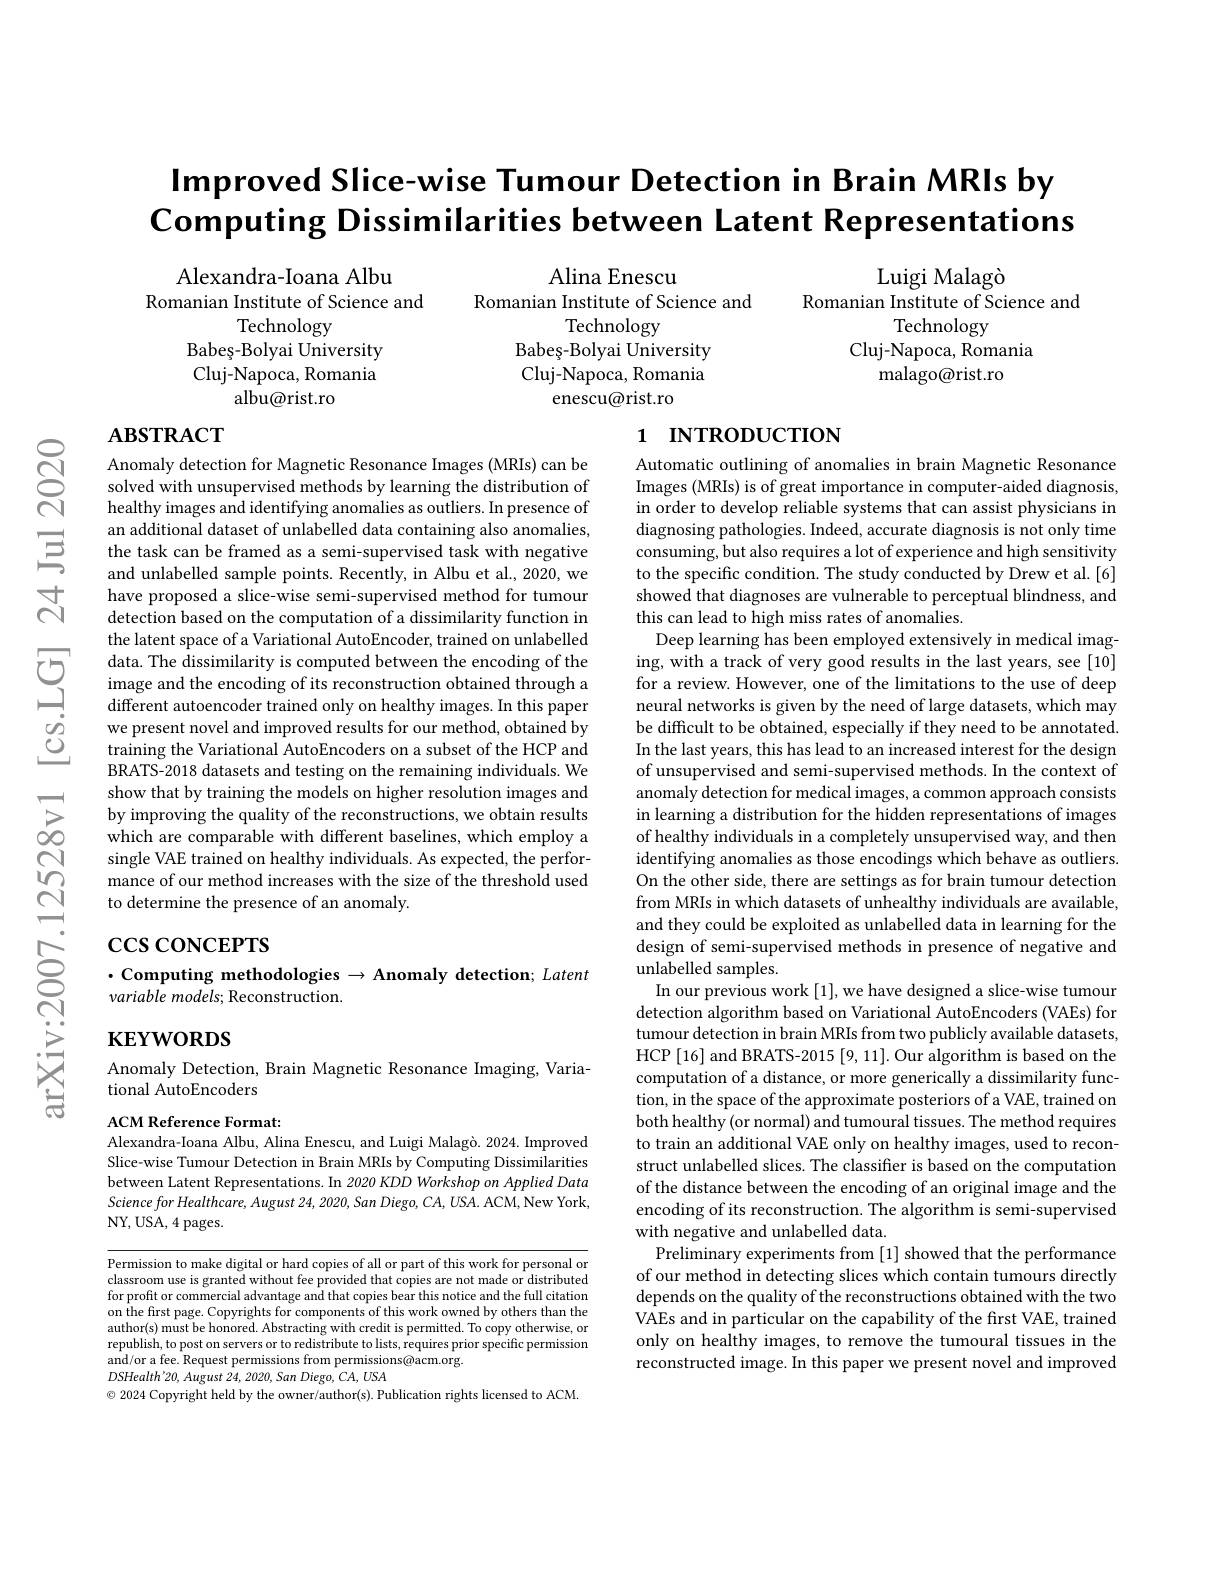
# $\textbf{Improved Slice- wise Tumour Detection in Brain MRIs by}$ Computing Dissimilarities between Latent Representations

Luigi Malag$\` {o}$
Romanian Institute of Science and
Technology
Cluj-Napoca, Romania
malago@rist.ro

Alexandra-Ioana Albu
Alina Enescu
Romanian Institute of Science and
Romanian Institute of Science and
Technology
Babeș - Bolyai University
Babeș - Bolyai University
Cluj- Napoca, Romania
enescu@rist.ro

Technology
Cluj-Napoca, Romania
albu@rist.ro

## $\mathbf{ABSTRACT}$

# 1 INTRODUCTION

Anomaly detection for Magnetic Resonance Images (MRIs) can be solved with unsupervised methods by learning the distribution of healthy images and identifying anomalies as outliers. In presence of an additional dataset of unlabelled data containing also anomalies, the task can be framed as a semi-supervised task with negative and unlabelled sample points. Recently, in Albu et al., 2020, we have proposed a slice-wise semi-supervised method for tumour detection based on the computation of a dissimilarity function in the latent space of a Variational AutoEncoder, trained on unlabelled
$\sum_{\begin{array}{cc}\text{G}&\text{data.The dissimilarity is computed between the encoding of the}\\\text{image and the encoding of its reconstruction obtained through a}\\\text{different autoencoder trained only on healthy images. In this paper}\end{array}}$
different autoencoder trained only on healthy images. In this paper we present novel and improved results for our method, obtained by training the Variational AutoEncoders on a subset of the HCP and BRATS-2018 datasets and testing on the remaining individuals. We show that by training the models on higher resolution images and by improving the quality of the reconstructions, we obtain results which are comparable with different baselines, which employ a single VAE trained on healthy individuals. As expected, the performance of our method increases with the size of the threshold used to determine the presence of an anomaly.

Automatic outlining of anomalies in brain Magnetic Resonance Images (MRIs) is of great importance in computer-aided diagnosis, in order to develop reliable systems that can assist physicians in diagnosing pathologies. Indeed, accurate diagnosis is not only time consuming, but also requires a lot of experience and high sensitivity to the specific condition. The study conducted by Drew et al. [6] showed that diagnoses are vulnerable to perceptual blindness, and this can lead to high miss rates of anomalies.
Deep learning has been employed extensively in medical imaging, with a track of very good results in the last years, see [10] for a review. However, one of the limitations to the use of deep neural networks is given by the need of large datasets, which may be difficult to be obtained, especially if they need to be annotated. In the last years, this has lead to an increased interest for the design of unsupervised and semi-supervised methods. In the context of anomaly detection for medical images, a common approach consists in learning a distribution for the hidden representations of images of healthy individuals in a completely unsupervised way, and then identifying anomalies as those encodings which behave as outliers. On the other side, there are settings as for brain tumour detection from MRIs in which datasets of unhealthy individuals are available, and they could be exploited as unlabelled data in learning for the design of semi-supervised methods in presence of negative and unlabelled samples.
In our previous work [1], we have designed a slice-wise tumour detection algorithm based on Variational AutoEncoders (VAEs) for tumour detection in brain MRIs from two publicly available datasets, HCP [16] and BRATS-2015 [9, 11]. Our algorithm is based on the computation of a distance, or more generically a dissimilarity function, in the space of the approximate posteriors of a VAE, trained on both healthy (or normal) and tumoural tissues. The method requires to train an additional VAE only on healthy images, used to reconstruct unlabelled slices. The classifier is based on the computation of the distance between the encoding of an original image and the encoding of its reconstruction. The algorithm is semi-supervised with negative and unlabelled data.
Preliminary experiments from [1] showed that the performance of our method in detecting slices which contain tumours directly depends on the quality of the reconstructions obtained with the two VAEs and in particular on the capability of the first VAE, trained only on healthy images, to remove the tumoural tissues in the reconstructed image. In this paper we present novel and improved

$\csc\cos$coNCEPTS
$\cdot$ Computing methodologies $\to$ Anomaly detection; Latent
variable models; Reconstruction.

# $\mathbf{KEYWORDS}$

Anomaly Detection, Brain Magnetic Resonance Imaging, Varia-
tional AutoEncoders

ACM Reference Format:
Alexandra-Ioana Albu, Alina Enescu, and Luigi Malagò. 2024. Improved Slice-wise Tumour Detection in Brain MRIs by Computing Dissimilarities between Latent Representations. In 2020 KDD Workshop on Applied Data $ScienceforHealthcare,August24,2020,SanDiego,CA,USA.ACM,NewYork$, NY, USA, 4 pages.

Permission to make digital or hard copies of all or part of this work for personal or classroom use is granted without fee provided that copies are not made or distributed for profit or commercial advantage and that copies bear this notice and the full citation on the first page. Copyrights for components of this work owned by others than the author(s) must be honored. Abstracting with credit is permitted. To copy otherwise, or republish, to post on servers or to redistribute to lists, requires prior specific permission and/ or a fee. Request permissions from permissions@ acm. org. port H' an A T' an
$DSHealth'20$, August 24,2020, San Diego, CA, USA
$\odot$ 2024 Copyright held by the owner/author(s). Publication rights licensed to ACM.